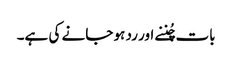
بات چُننے اور رد ہو جانے کی ہے۔